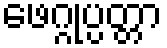
ဖေဂ္ဂုပ္ပတ္တာ